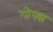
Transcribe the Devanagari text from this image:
गोफ्स